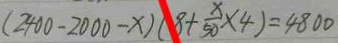
( 2 4 0 0 - 2 0 0 0 - x ) ( 8 + \frac { x } { 5 0 } \times 4 ) = 4 8 0 0